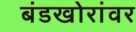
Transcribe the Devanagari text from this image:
बंडखोरांवर